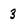
Character: 3